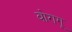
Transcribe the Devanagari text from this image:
बोरागू